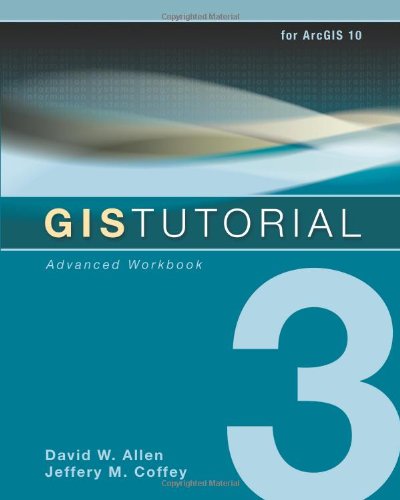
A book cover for GIS Tutorial 3: Advanced Workbook; David W. Allen; Engineering & Transportation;